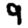
Digit: 9